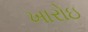
ખારોઇ